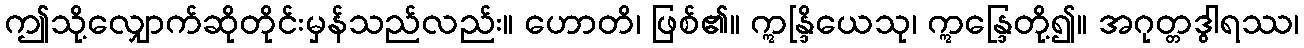
ဤသို့လျှောက်ဆိုတိုင်းမှန်သည်လည်း။ ဟောတိ၊ ဖြစ်၏။ ဣန္ဒြိယေသု၊ ဣန္ဒြေတို့၍။ အဂုတ္တဒွါရဿ၊